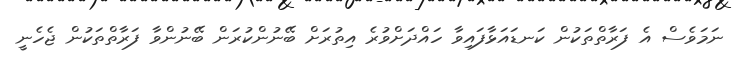
ނަމަވެސް އެ ފަރާތްތަކުން ކަނޑައަޅާފައިވާ ހައްދަށްވުރެ އިތުރަށް ބޭނުންކުރަން ބޭނުންވާ ފަރާތްތަކުން ޖެހެނީ